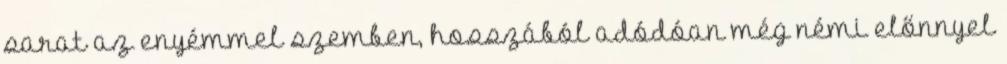
sarat az enyémmel szemben, hosszából adódóan még némi előnnyel